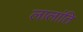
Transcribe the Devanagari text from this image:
लालांति